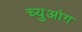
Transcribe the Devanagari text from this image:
च्युआंग